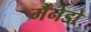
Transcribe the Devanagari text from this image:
मैनेडो